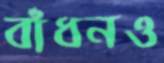
বাঁধনও